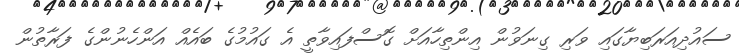
ސައުދިއަރަބިޔާގައި ވަރި ގިނަވުން އިންތިހާއަށް ގޮސްފައިވާތީ އެ ގައުމުގެ ބައެއް އަންހެނުންގެ ފަރާތުން